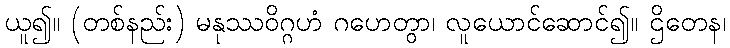
ယူ၍။ (တစ်နည်း) မနုဿဝိဂ္ဂဟံ ဂဟေတွာ၊ လူယောင်ဆောင်၍။ ဌိတေန၊